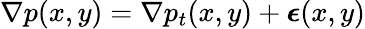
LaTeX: \nabla p(x,y)=\nabla p_{t}(x,y)+\boldsymbol{\epsilon}(x,y)